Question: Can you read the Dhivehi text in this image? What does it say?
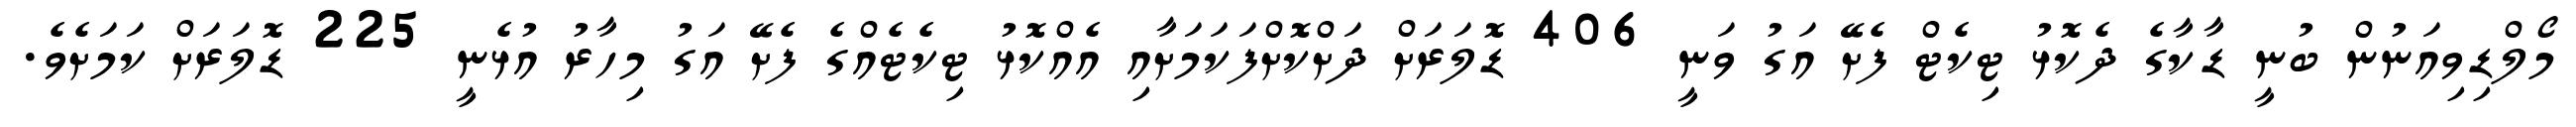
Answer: މޯލްޑިވިއަނުން ބުނީ ޑާކާގެ ދެކޮޅު ޓިކެޓް ފެށޭ އަގު ވަނީ 406 ޑޮލަރަށް ދަށްކޮށްފަކަމަށާއި އެއްކޮޅު ޓިކެޓެއްގެ ފެށޭ އަގު މިހާރު އުޅެނީ 225 ޑޮލަރަށް ކަމަށެވެ.